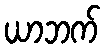
ယာဘက်